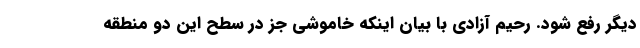
دیگر رفع شود. رحیم آزادی با بیان اینکه خاموشی جز در سطح این دو منطقه